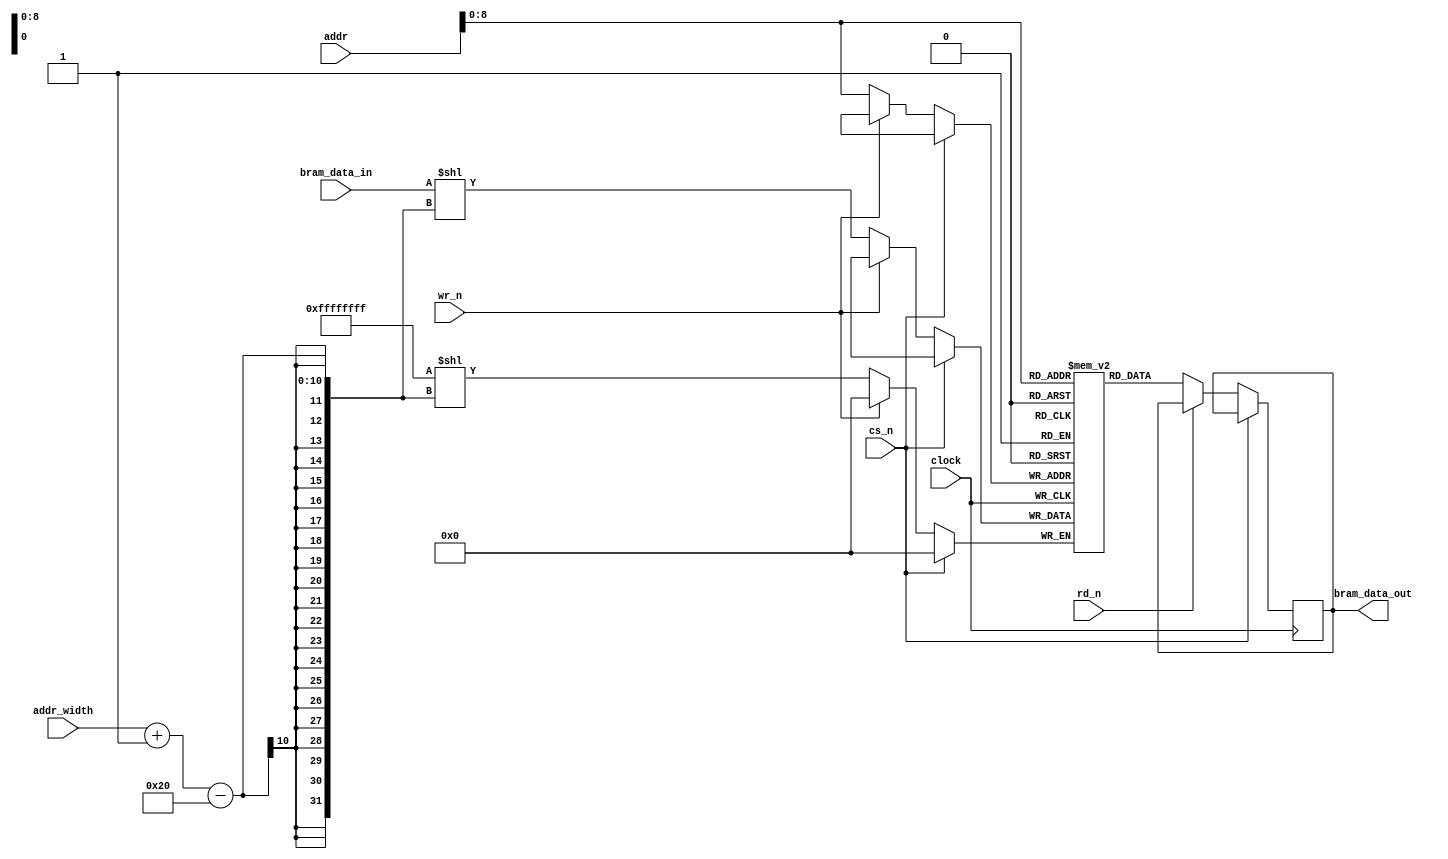
`timescale 1ns / 1ps


module Memoria(
    input clock, 
    input [15:0] addr,
    input [8:0] addr_width,     
    input cs_n,
    input wr_n, 
    input rd_n,    
    input [31:0] bram_data_in,
    
    output reg [511:0] bram_data_out
    );
    
    parameter BRAM_ADDR_WIDTH = 500;
    parameter BRAM_DATA_WIDTH = 512;

    reg [BRAM_DATA_WIDTH-1:0] mem [0:BRAM_ADDR_WIDTH-1];

    always @(posedge clock) begin        
                       
        if (cs_n == 1'b0) begin
            begin
                if (wr_n == 1'b0) mem[addr][addr_width-:32] <= bram_data_in; 
                                 
                if (rd_n == 1'b0) bram_data_out <= mem[addr];               
            end
        end 
    end
                                             
endmodule